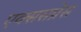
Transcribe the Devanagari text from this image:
एक्ससप्रेस